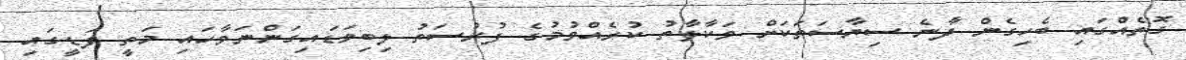
ގޮތެއްގައި ބެހިގެން ދާނެ ސިޔާސަތަކަށް ވަކާލާތު ކުރެއްވުމުގެ ފުރުސަތު ލިބިވަޑައިގަންނަވާހައި މަތީ ފަޑީގައި